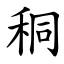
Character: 秱